Leaving Certificate Examination (including Day School Certificate (Higher) General paper), 1937
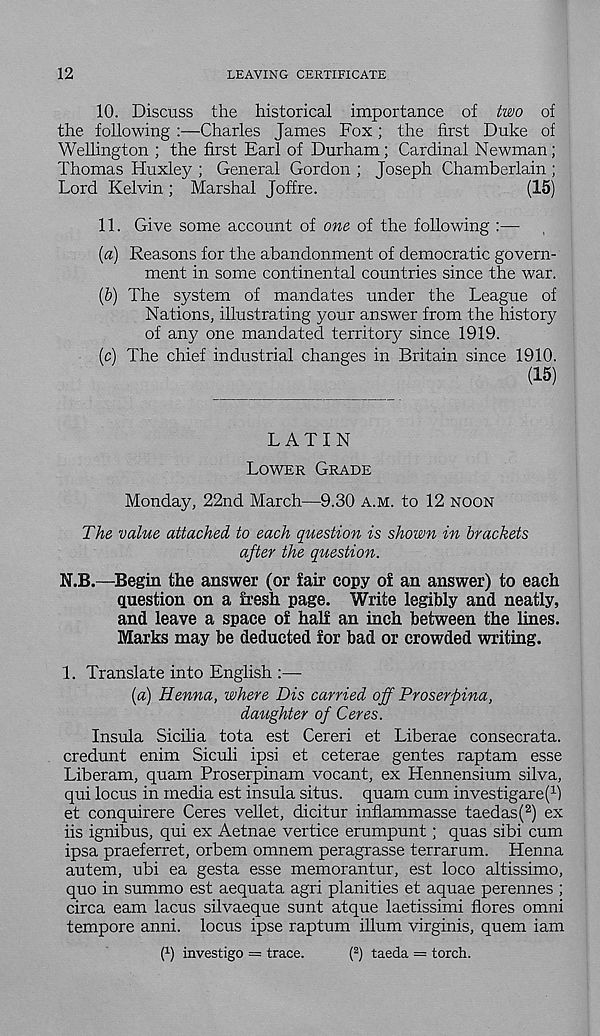
12
LEAVING CERTIFICATE
10. Discuss the historical importance of two of
the following :—Charles James Fox ; the first Duke of
Wellington ; the first Earl of Durham; Cardinal Newman;
Thomas Huxley ; General Gordon ; Joseph Chamberlain ;
Lord Kelvin ; Marshal Joffre.
(15)
11. Give some account of one of the following :—
{a) Reasons for the abandonment of democratic govern-
ment in some continental countries since the war.
{b) The system of mandates under the League of
Nations, illustrating your answer from the history
of any one mandated territory since 1919.
(c) The chief industrial changes in Britain since 1910.
(15)
LATIN
LOWER GRADE
Monday, 22nd March—9.30 A.M. to 12 NOON
The value attached to each question is shown in brackets
after the question.
N.B.—Begin the answer (or fair copy of an answer) to each
question on a fresh page. Write legibly and neatly,
and leave a space of half an inch between the lines.
Marks may be deducted for bad or crowded writing.
1. Translate into English :—
{a) Henna, where Dis carried off Proserpina,
daughter of Ceres.
Insula Sicilia tota est Cereri et Liberae consecrata.
credunt enim Siculi ipsi et ceterae gentes raptam esse
Liberam, quam Proserpinam vocant, ex Hennensium silva,
qui locus in media est insula situs, quam cum investigare( 1 )
et conquirere Ceres vellet, dicitur inflammasse taedas( 2 ) ex
iis ignibus, qui ex Aetnae vertice erumpunt; quas sibi cum
ipsa praeferret, orbem omnem peragrasse terrarum. Henna
autem, ubi ea gesta esse memorantur, est loco altissimo,
quo in summo est aequata agri planities et aquae perennes ;
circa earn lacus silvaeque sunt atque laetissimi flores omni
tempore anni. locus ipse raptum ilium virginis, quern iam
0) investigo = trace.
( 2 ) taeda = torch.